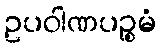
ဥပဝါဏပဉ္စမံ